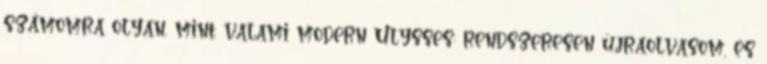
számomra olyan, mint valami modern Ulysses: rendszeresen újraolvasom, és